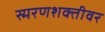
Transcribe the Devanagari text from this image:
स्मरणशक्तीवर